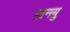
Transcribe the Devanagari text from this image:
हानयु